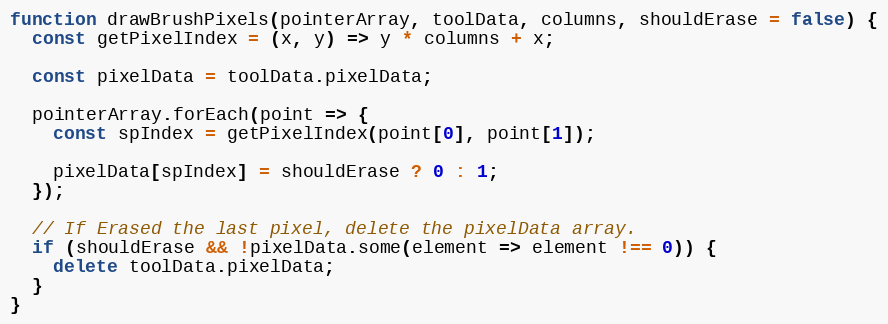
Language: JavaScript
function drawBrushPixels(pointerArray, toolData, columns, shouldErase = false) {
  const getPixelIndex = (x, y) => y * columns + x;

  const pixelData = toolData.pixelData;

  pointerArray.forEach(point => {
    const spIndex = getPixelIndex(point[0], point[1]);

    pixelData[spIndex] = shouldErase ? 0 : 1;
  });

  // If Erased the last pixel, delete the pixelData array.
  if (shouldErase && !pixelData.some(element => element !== 0)) {
    delete toolData.pixelData;
  }
}